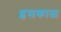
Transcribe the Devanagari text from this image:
इसकाळ